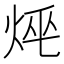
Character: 𤈯